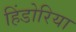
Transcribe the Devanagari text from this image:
हिंडोरिया